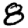
Digit: 8